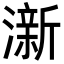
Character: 澵